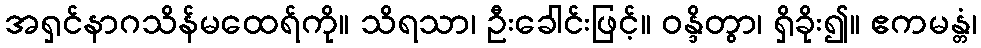
အရှင်နာဂသိန်မထေရ်ကို။ သိရသာ၊ ဦးခေါင်းဖြင့်။ ဝန္ဒိတွာ၊ ရှိခိုး၍။ ဧကမန္တံ၊